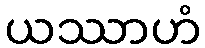
ယဿာဟံ